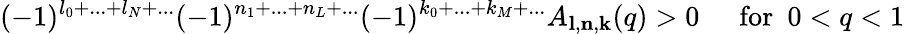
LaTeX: (-1)^{l_{0}+...+l_{N}+...}(-1)^{n_{1}+...+n_{L}+...}(-1)^{k_{0}+...+k_{M}+...}A_{{\mathbf l},{\mathbf n},{\mathbf k}}(q)>0\, ~~~~~\mathrm{for}~~0<q<1